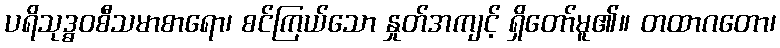
ပရိသုဒ္ဓဝစီသမာစာရော၊ စင်ကြယ်သော နှုတ်အကျင့် ရှိတော်မူ၏။ တထာဂတော၊